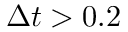
\Delta t > 0 . 2